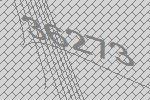
36273